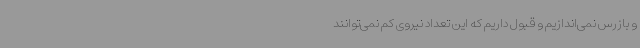
و بازرس نمی‌اندازیم و قبول داریم که این تعداد نیروی کم نمی‌توانند